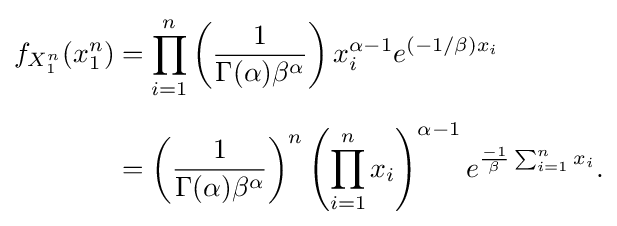
{\begin{aligned}f_{X_{1}^{n}}(x_{1}^{n})&=\prod _{i=1}^{n}\left({1 \over \Gamma (\alpha )\beta ^{\alpha }}\right)x_{i}^{\alpha -1}e^{(-1/\beta )x_{i}}\\[5pt]&=\left({1 \over \Gamma (\alpha )\beta ^{\alpha }}\right)^{n}\left(\prod _{i=1}^{n}x_{i}\right)^{\alpha -1}e^{{-1 \over \beta }\sum _{i=1}^{n}x_{i}}.\end{aligned}}